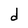
Character: d